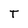
Character: T